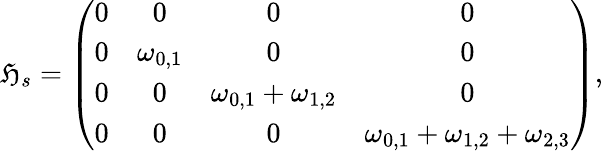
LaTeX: \mathfrak{H}_{s}=\left(\begin{array}{cccc}{0}&{0}&{0}&{0}\\ {0}&{\omega_{0,1}}&{0}&{0}\\ {0}&{0}&{\omega_{0,1}+\omega_{1,2}}&{0}\\ {0}&{0}&{0}&{\omega_{0,1}+\omega_{1,2}+\omega_{2,3}}\end{array}\right),